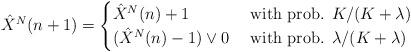
LaTeX: \begin{align*}\hat{X}^N(n+1)=\begin{cases}\hat{X}^N(n)+1&\mbox{ with prob. }K/(K+\lambda)\\(\hat{X}^N(n)-1)\vee 0&\mbox{ with prob. }\lambda/(K+\lambda)\end{cases}\end{align*}